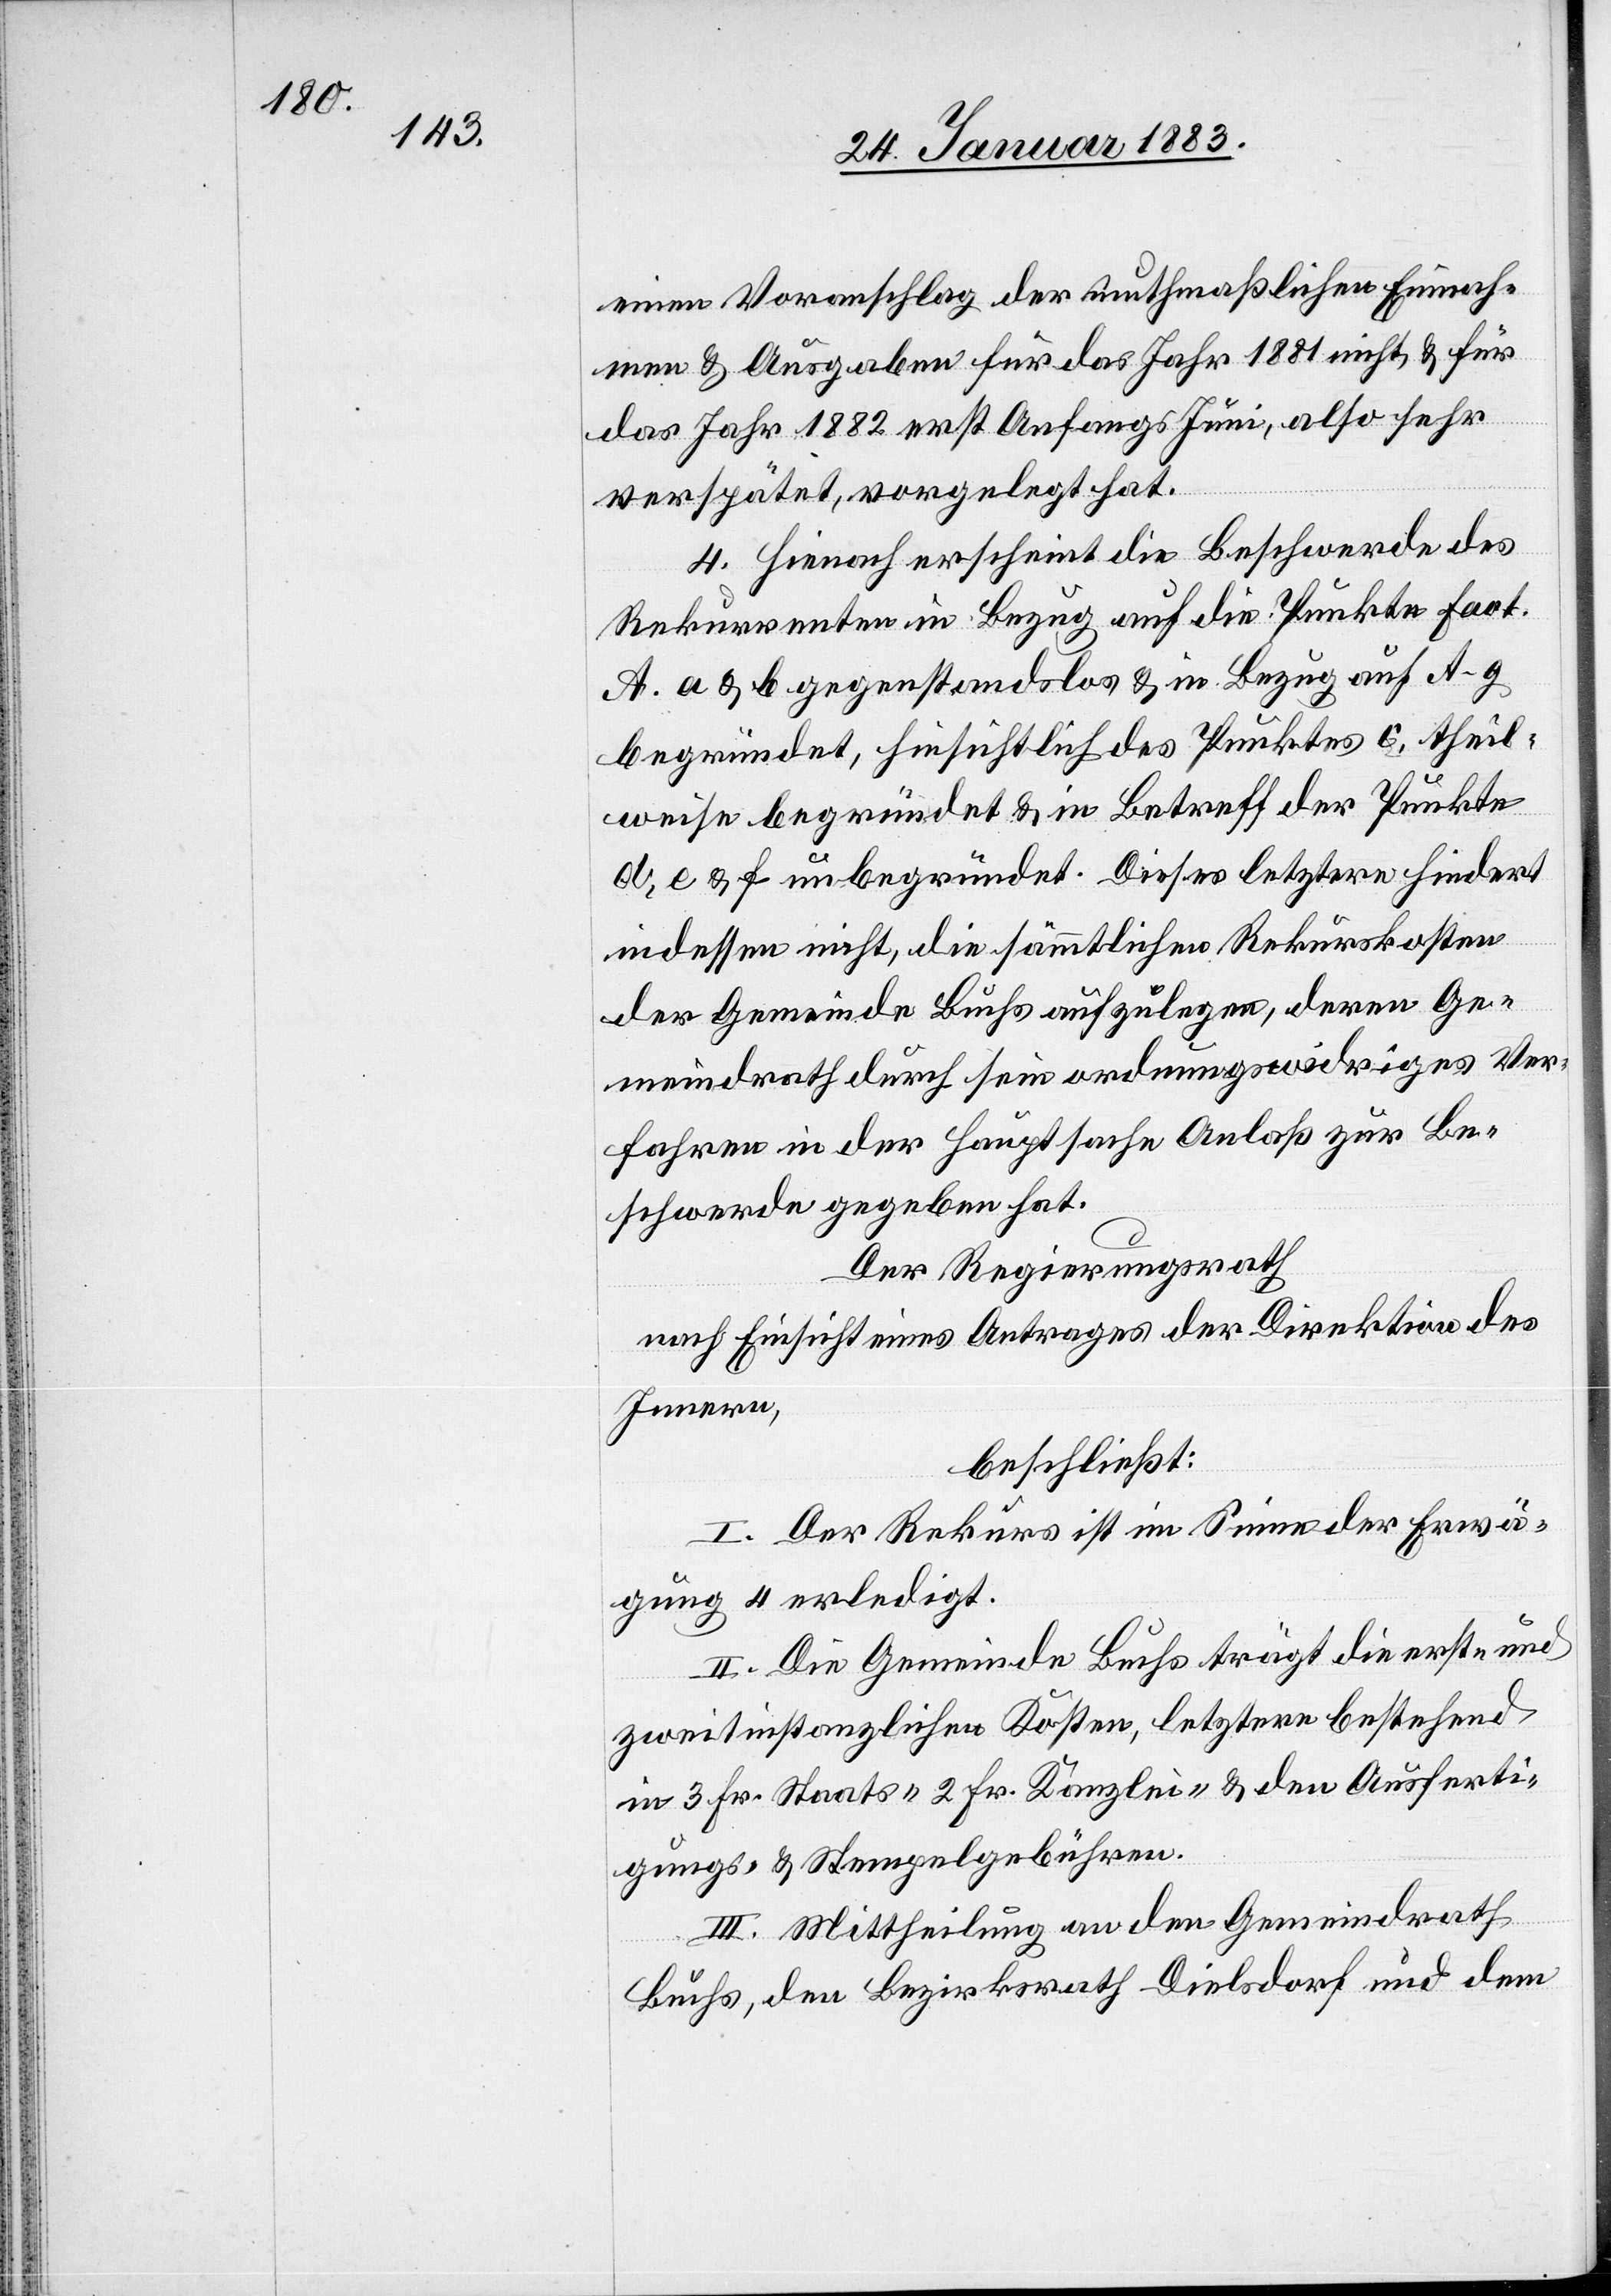
einen Voranschlag der muthmaßlichen Einnah¬
men & Ausgaben für das Jahr 1881 nicht & und für
das Jahr 1882 erst Anfang Juni, also sehr
verspätet, vorgelegt hat.
4. Hienach erscheint die Beschwerde des
Rekurrenten in Bezug auf die Punkte Fact.
A. a &b gegenstandslos & in Bezug auf A. g.
begründet, hinsichtlich des Punktes c. theil¬
weise begründet & in Betreff der Punkte
d, e & f unbegründet. Dieses letztere hindert
indessen nicht, die sämmtlichen Rekurskosten
der Gemeinde Buchs aufzulegen, deren Ge¬
meindrath durch sein ordnungswidriges Ver¬
fahren in der Hauptsache Anlaß zur Be¬
schwerde gegeben hat.
Der Regierungsrath
nach Einsicht eines Antrages der Direktion des
Innern,
beschließt:
I. Der Rekurs ist im Sinne der Erwä¬
gung 4 erledigt.
II. Die Gemeinde Buchs trägt die erst- und
zweitinstanzlichen Kosten, letztere bestehend
in 3 Fr. Staats- 2 Fr. Kanzlei- & den Ausferti¬
gungs- & Stempelgebühren.
III. Mittheilung an den Gemeindrath
Buchs, den Bezirksrath Dielsdorf und dem